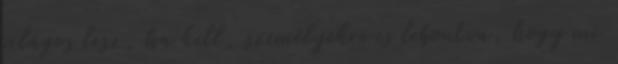
világos lesz, ha kell, személyekre is lebontva, hogy mi